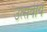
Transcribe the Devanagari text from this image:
उत्सवीय